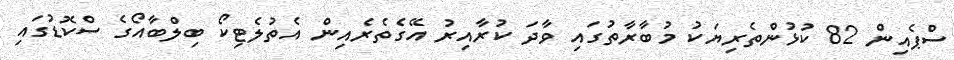
ސްޕެއިން 82 ކުޅުންތެރިޔަކު މުބާރާތުގައި ވާދަ ކުރާއިރު އޭގެތެރެއިން އެތުލެޓިކޯ ބިލްބާއޯގެ ސްކޮޑުގައި